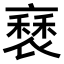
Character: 𧛿